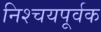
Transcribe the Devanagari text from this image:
निश्‍चयपूर्वक